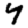
Digit: 4